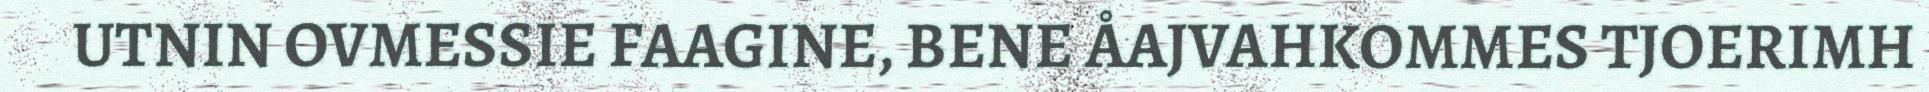
UTNIN OVMESSIE FAAGINE, BENE ÅAJVAHKOMMES TJOERIMH